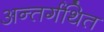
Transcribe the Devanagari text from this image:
अन्तर्गथित